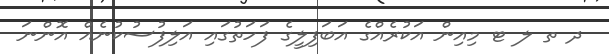
ދ ތ ލ ޓ މިއިން އަކުރެއްގެ އަބަފިލީގެ ފަހަތުގައި އަލިފުސުކުނެއް އޮންނަ